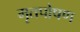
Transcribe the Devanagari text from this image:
मृतपोषण